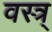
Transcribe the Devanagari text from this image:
वस्त्र्